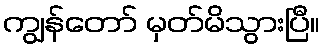
ကျွန်တော် မှတ်မိသွားပြီ။